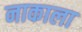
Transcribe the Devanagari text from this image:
नाकाला